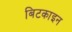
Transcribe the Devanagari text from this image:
बिटकाइन